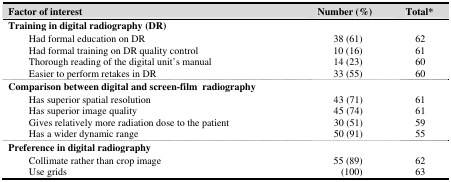
<table><thead><tr><td colspan="2"><b>Factor of interest</b></td><td><b>Number (%)</b></td><td><b>Total*</b></td></tr></thead><tbody><tr><td colspan="4">Training in digital radiography (DR)</td></tr><tr><td></td><td>Had formal education on DR</td><td>38 (61)</td><td>62</td></tr><tr><td></td><td>Had formal training on DR quality control</td><td>10 (16)</td><td>61</td></tr><tr><td></td><td>Thorough reading of the digital unit’s manual</td><td>14 (23)</td><td>60</td></tr><tr><td></td><td>Easier to perform retakes in DR</td><td>33 (55)</td><td>60</td></tr><tr><td colspan="4">Comparison between digital and screen-film radiography</td></tr><tr><td></td><td>Has superior spatial resolution</td><td>43 (71)</td><td>61</td></tr><tr><td></td><td>Has superior image quality</td><td>45 (74)</td><td>61</td></tr><tr><td></td><td>Gives relatively more radiation dose to the patient</td><td>30 (51)</td><td>59</td></tr><tr><td></td><td>Has a wider dynamic range</td><td>50 (91)</td><td>55</td></tr><tr><td colspan="4">Preference in digital radiography</td></tr><tr><td></td><td>Collimate rather than crop image</td><td>55 (89)</td><td>62</td></tr><tr><td></td><td>Use grids</td><td>(100)</td><td>63</td></tr></tbody></table>